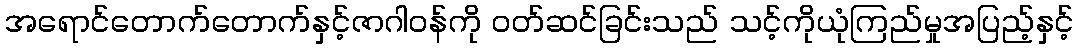
အရောင်တောက်တောက်နှင့်ဇာဂါဝန်ကို ဝတ်ဆင်ခြင်းသည် သင့်ကိုယုံကြည်မှုအပြည့်နှင့်